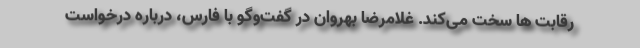
رقابت ها سخت می‌کند. غلامرضا بهروان در گفت‌وگو با فارس، درباره درخواست